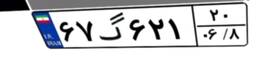
۶۷گ۶۲۱۲۰